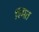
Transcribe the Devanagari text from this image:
श्मित